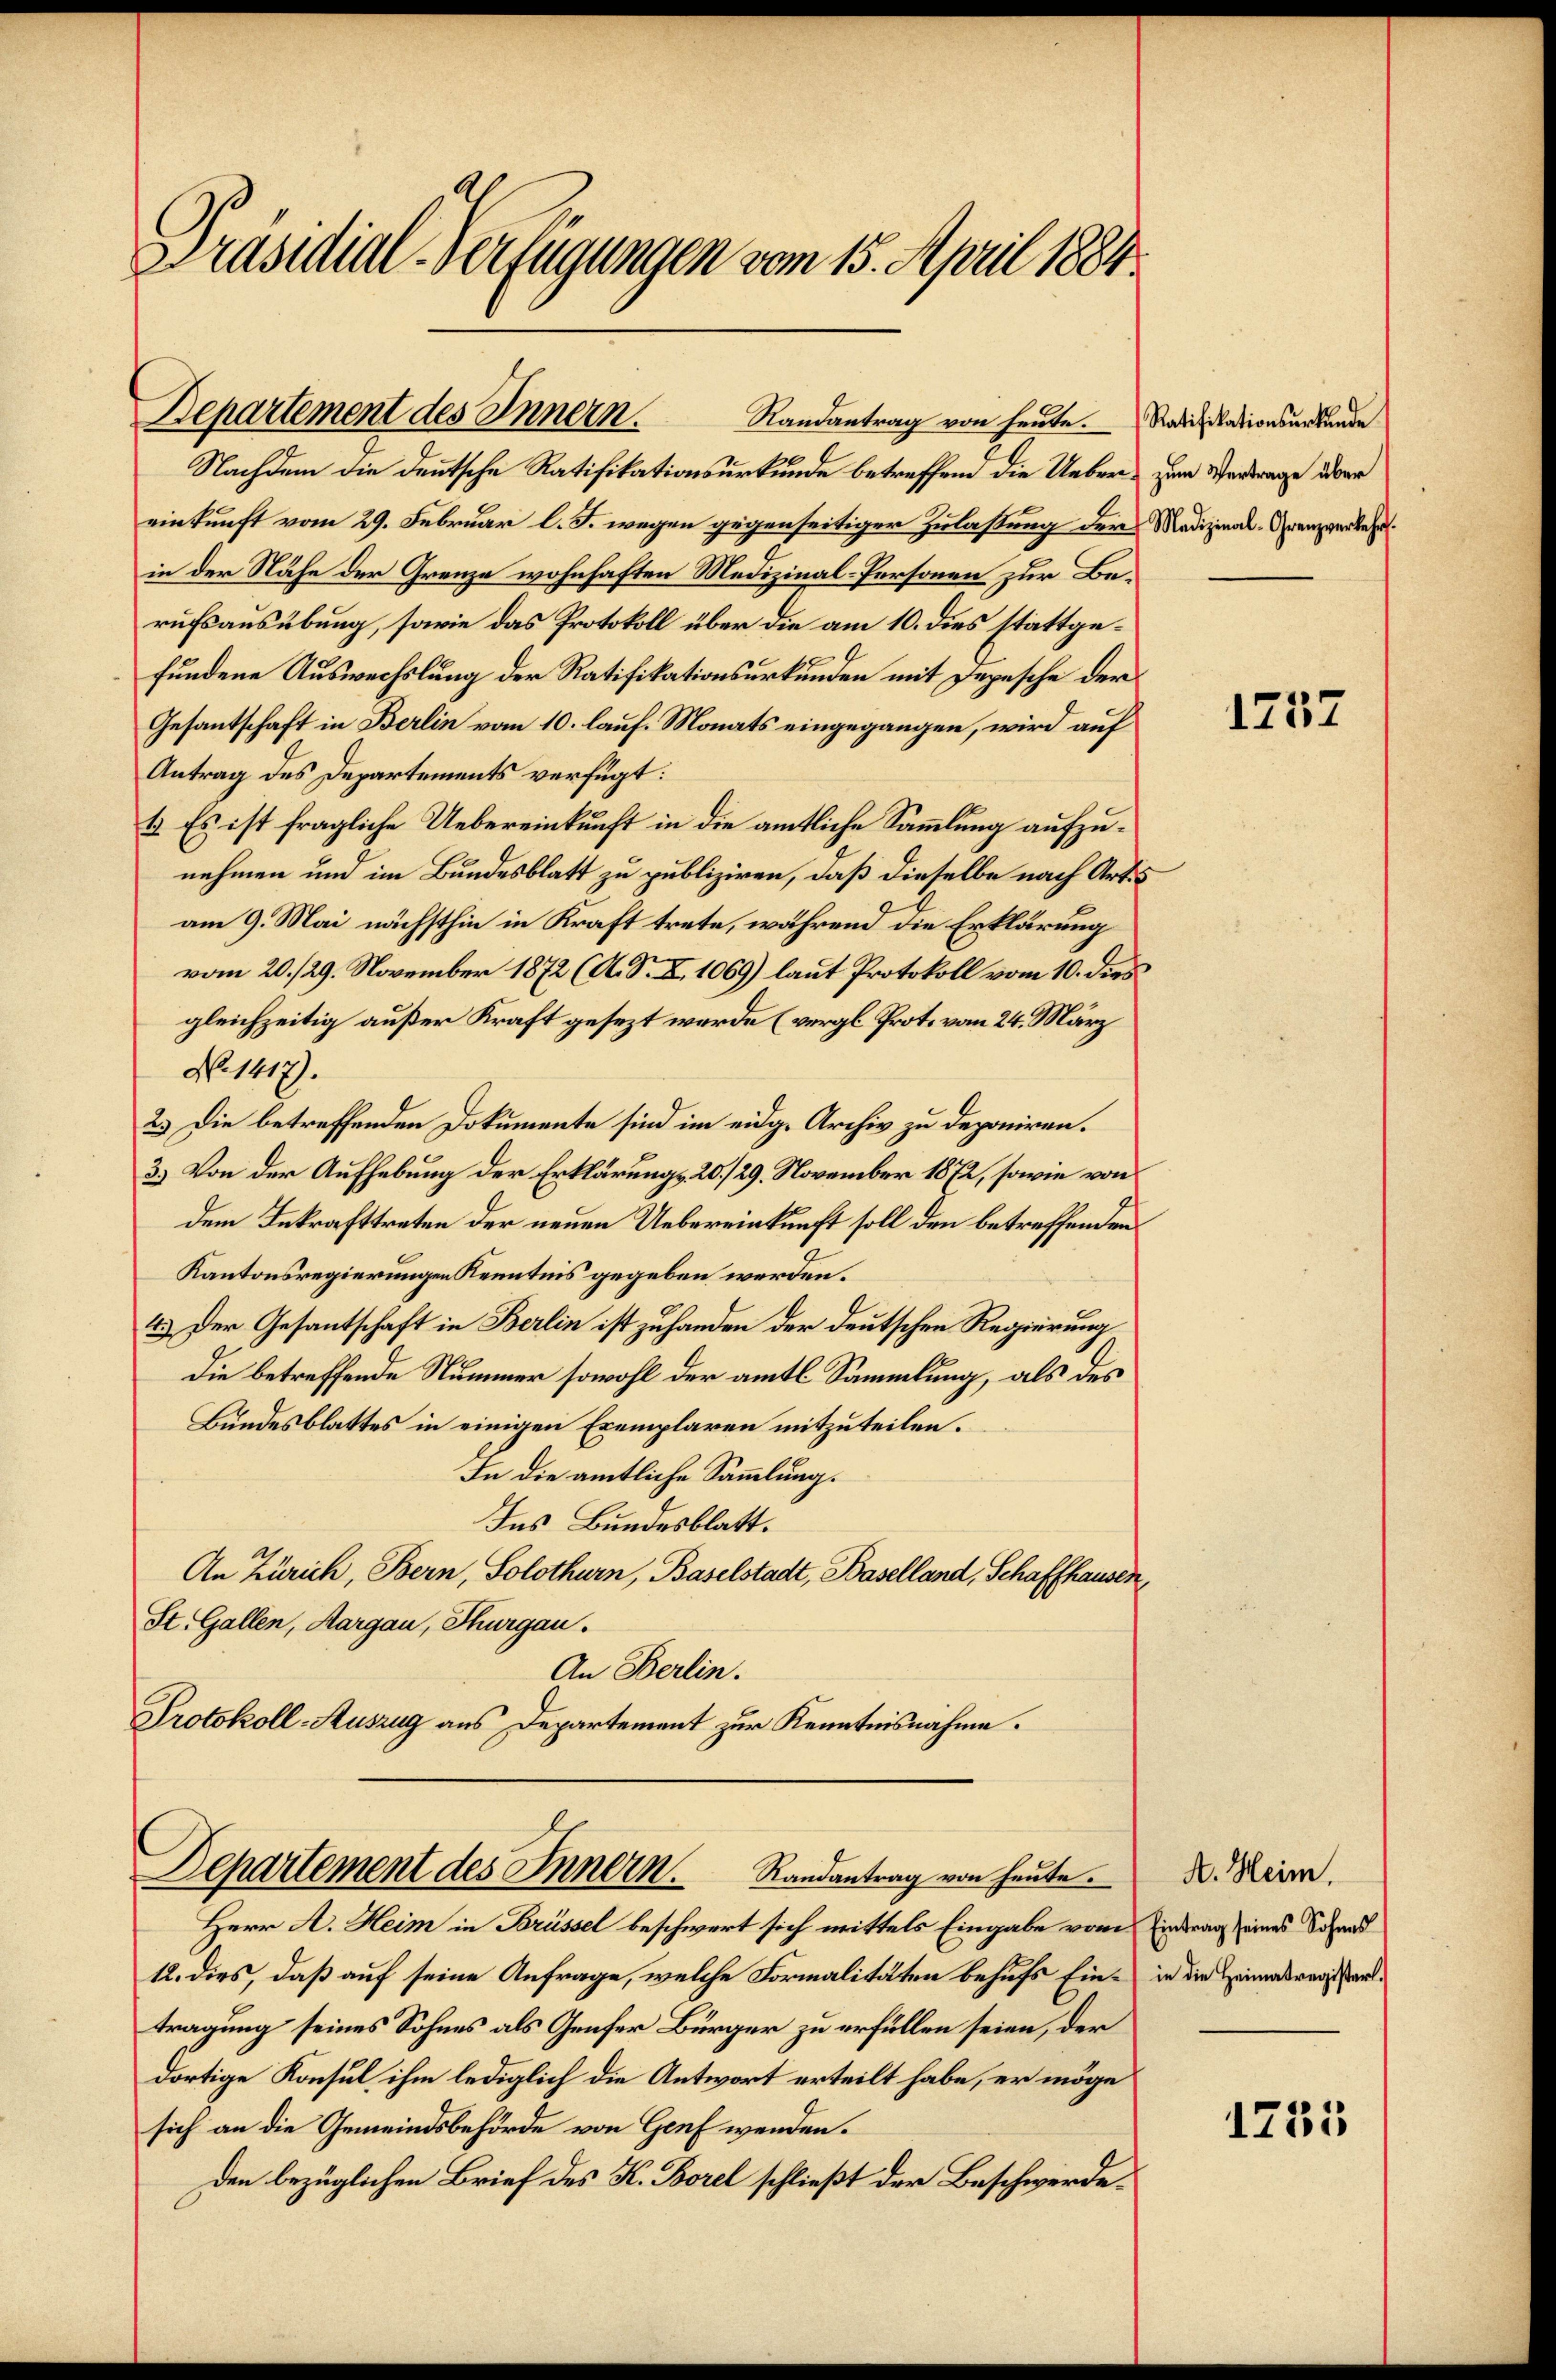
Präsidial-Verfügungen vom 15. April 1884.

Departement des Innern.
Randantrag von heute.

Nachdem die deutsche Ratifikationsurkunde betreffend die Ueber zum Vertrage über
einkunft vom 29. Februar l. J. wegen gegenseitiger Zulastung der Medizinal-Grenzverkehr
in der Nähe der Grenze wohnhaften Medizinal-Personen zur Berufsausübung, sowie das Protokoll über die am 10. dies stattgefundene Auswechslung der Ratifikationsurkunden mit Depesche der
Gesantschaft in Berlin vom 10. lauf. Monats eingegangen, wird auf
Antrag des Departements verfügt:
b. Es ist fragliche Uebereinkunft in die amtliche Sammlung aufzunehmen und im Bundesblatt zu publiziren, daß dieselbe nach Artis
am 9. Mai nächsthin in Kraft trete, während die Erklärung
vom 20./29. November 1872 (A. S. X. 1069) laut Protokoll vom 10. dies
gleichzeitig außer Kraft gesezt werde (vergl. Prot. vom 24. März
No. 1417).
2.) Die betreffenden Dokumente sind im eidg. Archiv zu deponiren.
3.) Von der Aufhebung der Erklärungs 20./29. November 1872, sowie von
dem Inkrafttreten der neuen Uebereinkunft soll den betreffenden
Kantonsregierungen Kenntnis gegeben werden.
4.) Der Gesantschaft in Berlin ist zu handen der deutschen Regierung
die betreffende Nummer sowohl der amtl. Sammlung, als des
Bundesblattes in einigen Exemplaren mitzuteilen.
In die amtliche Sammlung.
Ins Bundesblatt.
An Zürich, Bern, Solothurn, Baselstadt, Baselland, Schaffhausen,
St. Gallen, Aargau, Thurgau.
An Berlin.
Protokoll-Auszug aus Departement zur Kenntnisnahme.
Departement des Innern. Randantrag von heute.
Herr A. Heim in Brüssel beschwert sich mittels Eingabe vom Eintrag seines Schad
12. dies, daß auf seine Anfrage, welche Formalitäten behufs Ein- in die Heimasregissenttragung seines Sohnes als Genfer Bürger zu erfüllen seien, der
dortige Konsul ihm lediglich die Antwort erteilt habe, er möge
sich an die Gemeindsbehörde von Genf wenden.
Den bezüglichen Brief des K. Borel schließt der Beschwerde.

Ratifikationsurkunde

1257

A. Heim.

1235